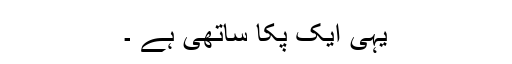
یہی ایک پکا ساتھی ہے ۔